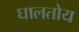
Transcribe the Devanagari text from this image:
घालतोय